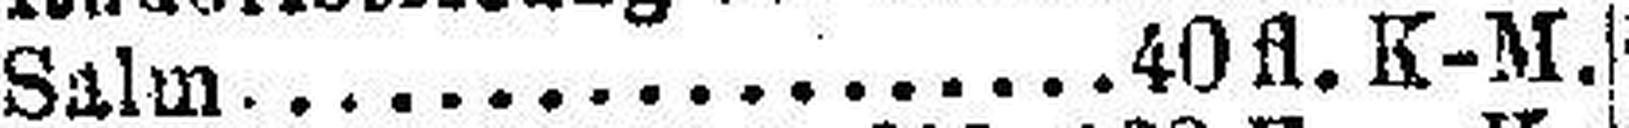
Salm 40fl. K-M.